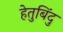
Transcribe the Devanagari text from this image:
हेतुबिंदु